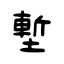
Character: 塹